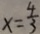
x = \frac { 4 } { 3 }